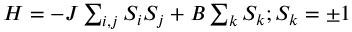
\begin{array} { r } { H = - J \sum _ { i , j } S _ { i } S _ { j } + B \sum _ { k } S _ { k } ; S _ { k } = \pm 1 } \end{array}